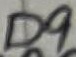
Text: D9